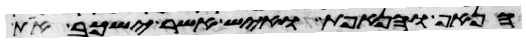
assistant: הנאף והנאפת ואיש אשר ישכב את